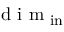
\mathrm { ~ d ~ i ~ m ~ } _ { \mathrm { i n } }